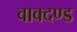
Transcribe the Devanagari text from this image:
वाक्दण्ड